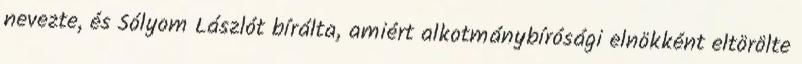
nevezte, és Sólyom Lászlót bírálta, amiért alkotmánybírósági elnökként eltörölte